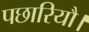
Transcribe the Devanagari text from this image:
पछारियौ।